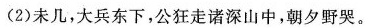
(2)未几，大兵东下，公狂走诸深山中，朝夕野哭。